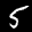
Label: 5